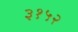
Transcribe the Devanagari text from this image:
३१५२